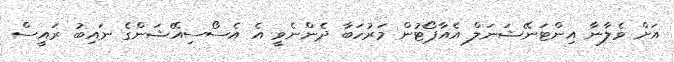
އަށް ވެލާނާ އިންޓަނޭޝަނަލް އެއާޕޯޓުން މަރުހަބާ ދެންނެވީ އެ އެސޯސިއޭޝަންގެ ނައިބު ރައީސް